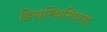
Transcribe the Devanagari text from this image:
डिसरिथमियास